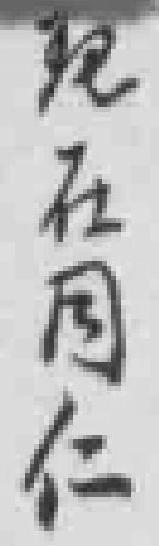
现在同仁